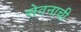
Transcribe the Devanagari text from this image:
सेवनाची